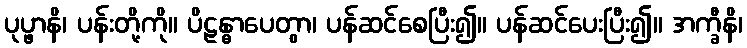
ပုပ္ဖာနိ၊ ပန်းတို့ကို။ ပိဠန္ဓာပေတွာ၊ ပန်ဆင်စေပြီး၍။ ပန်ဆင်ပေးပြီး၍။ အက္ခီနိ၊